Indian journal of veterinary science and animal husbandry - Volumes 22-23, 1952-1953
Year: 1952
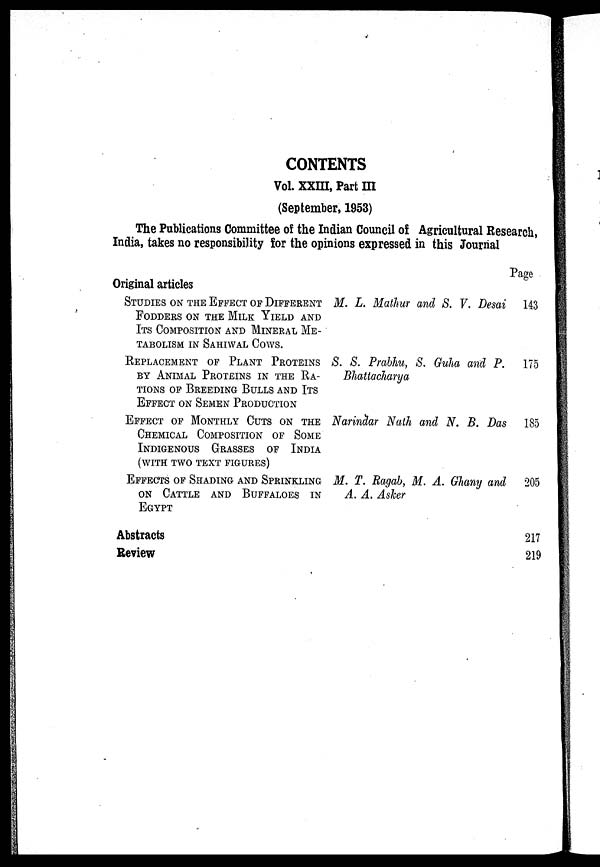
CONTENTS
Vol. XXIII, Part III
(September, 1953)
The Publications Committee of the Indian Council of Agricultural Research,
India, takes no responsibility for the opinions expressed in this Journal
Original articles
STUDIES ON THE EFFECT OF DIFFERENT
FODDERS ON THE MILK YIELD AND
ITS COMPOSITION AND MINERAL ME-
TABOLISM IN SAHIWAL COWS.
REPLACEMENT OF PLANT PROTEINS
BY ANIMAL PROTEINS IN THE RA-
TIONS OF BREEDING BULLS AND ITS
EFFECT ON SEMEN PRODUCTION
EFFECT OF MONTHLY CUTS ON THE
CHEMICAL COMPOSITION OF SOME
INDIGENOUS
GRASSES
OF
INDIA
(WITH TWO TEXT FIGURES)
EFFECTS OF SHADING AND SPRINKLING
ON CATTLE
AND
BUFFALOES IN
EGYPT
M . L . Mathur and S. V. Desai
S. S. Prabhu, S. Guha and P.
Bhattacharya
Narindar Nath and N. B. Das
M. T. Ragab, M. A. Ghany and
A. A. Asker
Abstracts
Review
Page
143
175
185
205
217
219